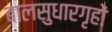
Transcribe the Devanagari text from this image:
बालसुधारगृहों